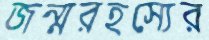
জন্মরহস্যের